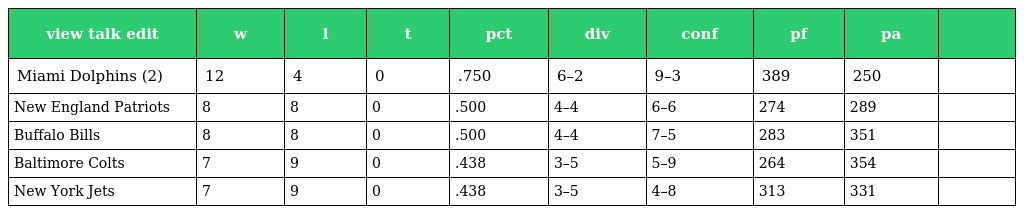
| view talk edit | w | l | t | pct | div | conf | pf | pa |  |
 | --- | --- | --- | --- | --- | --- | --- | --- | --- | --- |
 | Miami Dolphins (2) | 12 | 4 | 0 | .750 | 6–2 | 9–3 | 389 | 250 |  |
 | New England Patriots | 8 | 8 | 0 | .500 | 4–4 | 6–6 | 274 | 289 |  |
 | Buffalo Bills | 8 | 8 | 0 | .500 | 4–4 | 7–5 | 283 | 351 |  |
 | Baltimore Colts | 7 | 9 | 0 | .438 | 3–5 | 5–9 | 264 | 354 |  |
 | New York Jets | 7 | 9 | 0 | .438 | 3–5 | 4–8 | 313 | 331 |  |